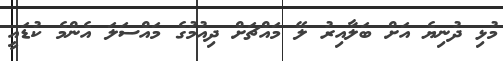
މުޅި ދުނިޔެ އަށް ބަލާއިރު ލޭ މައްޗަށް ދިއުމުގެ މައްސަލަ އެންމެ ކުޑައީ